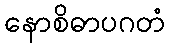
နောစိဓာပဂတံ